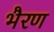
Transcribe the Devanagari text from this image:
भैरण